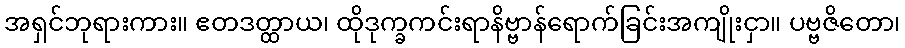
အရှင်ဘုရားကား။ ဧတဒတ္ထာယ၊ ထိုဒုက္ခကင်းရာနိဗ္ဗာန်ရောက်ခြင်းအကျိုးငှာ။ ပဗ္ဗဇိတော၊